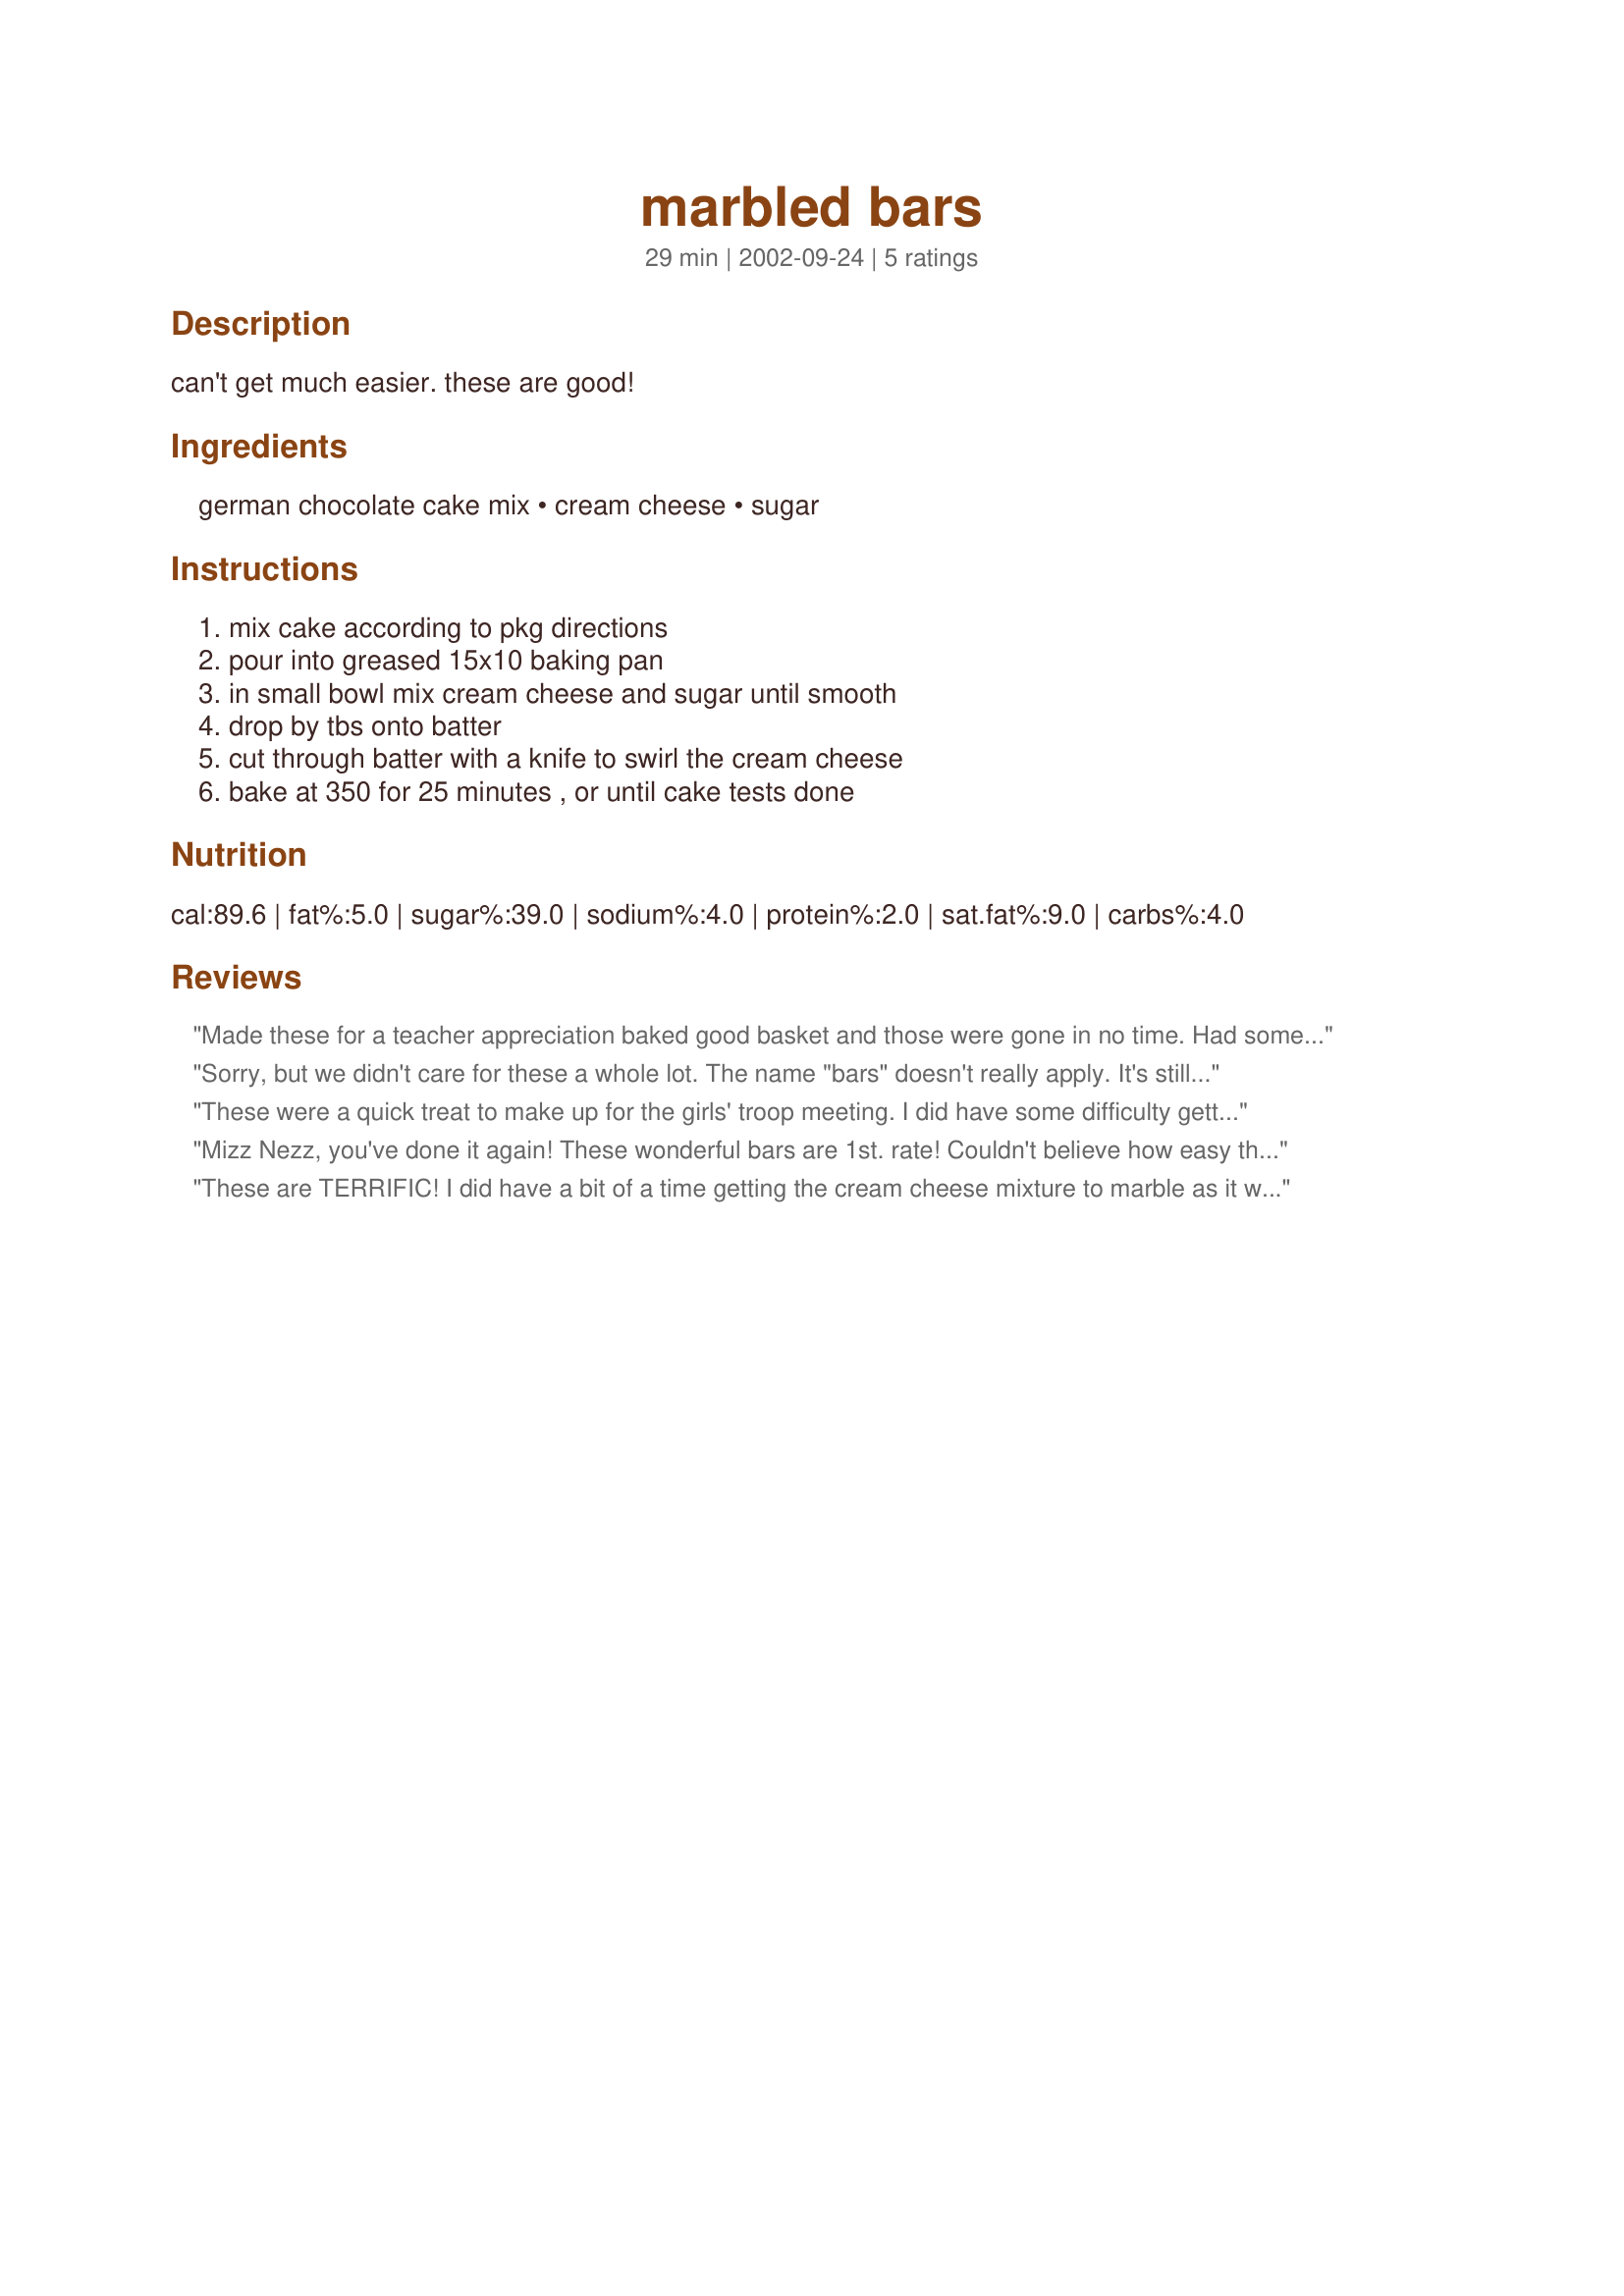
marbled bars
Preparation time: 29 minutes

can't get much easier. these are good!

Ingredients:
german chocolate cake mix, cream cheese, sugar

Steps:
mix cake according to pkg directions, pour into greased 15x10 baking pan, in small bowl mix cream cheese and sugar until smooth, drop by tbs onto batter, cut through batter with a knife to swirl the cream cheese, bake at 350 for 25 minutes , or until cake tests done

Reviews:
Made these for a teacher appreciation baked good basket and those were gone in no time. Had some left over and my kids loved them - asking, when can I make those brownies again? Easy too.
Sorry, but we didn't care for these a whole lot. The name "bars" doesn't really apply. It's still just cake with cream cheese instead of frosting. I didn't have a 15x10 pan, so I put some in a 13x9 pan, and then a little bit in an 8x8 pan also, because I wanted them to be flat like bars, not fluffy like cake. Good thing I did that. Also, as soon as I took them out of the oven, I pressed them down with a pot holder so they would be more dense. They do look pretty on top.
These were a quick treat to make up for the girls' troop meeting. I did have some difficulty getting the cream cheese mixture to blend into the batter, am wondering if a Tbsp or so of milk might help while still letting it bake up firm enough. But it's definitely something to keep on hand for a quick and easy dessert. I think it might be good with a carrot/spice cake or perhaps even strawberry, just for a twist. Thanks!
Mizz Nezz, you've done it again! These wonderful bars are 1st. rate! Couldn't believe how easy they are to mix up, and bake...I did use ff cream cheese, whipped it with the mixer, and slowly added the sugar...Then, it was real easy to "blob" on top of the batter, and squiggle it with a knife to marble! They turned out yummie!
Thanks a bunch for sharing...I will be making these again...soon!
Laudee
These are TERRIFIC! I did have a bit of a time getting the cream cheese mixture to marble as it was much thicker than the batter, but boy was it worth it! Great tasting, not difficult to make what more can you ask for?
